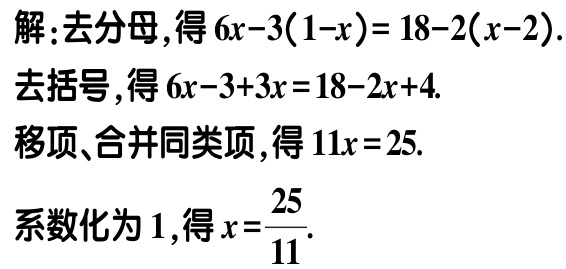
解：去分母，得\(6x - 3(1 - x) = 18 - 2(x - 2)\).
去括号，得\(6x - 3 + 3x = 18 - 2x + 4\).
移项、合并同类项，得\(11x = 25\).
系数化为\(1\)，得\(x = \frac{25}{11}\).